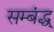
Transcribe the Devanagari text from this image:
सम्बंद्ध्